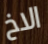
الاخ